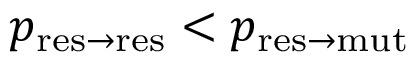
p _ { \mathrm { r e s \to r e s } } < p _ { \mathrm { r e s \to m u t } }